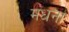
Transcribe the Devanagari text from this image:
मंधना